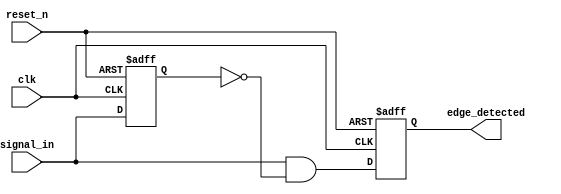
module rising_edge_detector (
    input wire clk,             // Clock signal
    input wire reset_n,         // Active low reset signal
    input wire signal_in,       // Input signal to detect rising edges
    output reg edge_detected     // Output signal indicating a detected rising edge
);

    reg prev_signal;            // Register to hold the previous state of signal_in

    // Always block, triggered on the rising edge of the clock or reset signal
    always @(posedge clk or negedge reset_n) begin
        if (!reset_n) begin
            // On reset, initialize outputs and internal state
            prev_signal <= 1'b0;
            edge_detected <= 1'b0;
        end else begin
            // Edge detection logic
            edge_detected <= (signal_in && !prev_signal); // Detect rising edge
            prev_signal <= signal_in;                     // Update previous state
        end
    end

endmodule